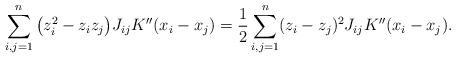
LaTeX: \begin{align*}\sum_{i,j=1}^n \big(z_i^2 - z_iz_j\big) J_{ij} K''(x_i-x_j) &= \frac12\sum_{i,j=1}^n (z_i - z_j)^2 J_{ij} K''(x_i-x_j).\end{align*}